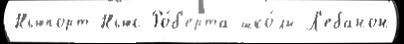
Ньюпорт-Ньюс Ро́б'ерта шко́лы Л'ебанон